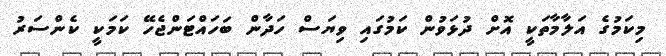
މިކަމުގެ އަލާމާތަކީ އޮށް ދުޅަވުން ކަމުގައި ވިޔަސް ހަދާން ބަހައްޓަންޖެހޭ ކަމަކީ ކެންސަރު